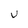
Character: U